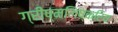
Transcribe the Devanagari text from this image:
ग्रीष्मनिष्क्रिय